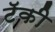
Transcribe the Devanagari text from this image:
टॅकी